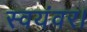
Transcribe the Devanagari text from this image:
स्वयंवर।